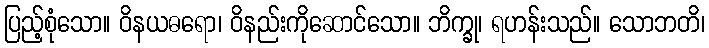
ပြည့်စုံသော။ ဝိနယဓရော၊ ဝိနည်းကိုဆောင်သော။ ဘိက္ခု၊ ရဟန်းသည်။ သောဘတိ၊